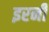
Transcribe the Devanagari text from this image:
इरनी